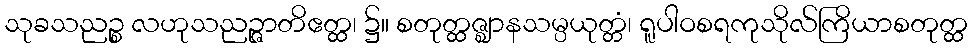
သုခသညဉ္စ လဟုသညဉ္ဇာတိဧတ္ထ၊ ၌။ စတုတ္ထဇ္ဈာနသမ္ပယုတ္တံ၊ ရူပါဝစရကုသိုလ်ကြိယာစတုတ္ထ